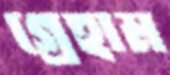
গ্রেহাম